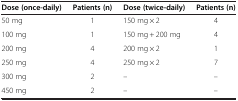
<table><thead><tr><td><b>Dose (once-daily)</b></td><td><b>Patients (n)</b></td><td><b>Dose (twice-daily)</b></td><td><b>Patients (n)</b></td></tr></thead><tbody><tr><td>50 mg</td><td>1</td><td>150 mg × 2</td><td>4</td></tr><tr><td>100 mg</td><td>1</td><td>150 mg + 200 mg</td><td>4</td></tr><tr><td>200 mg</td><td>4</td><td>200 mg × 2</td><td>1</td></tr><tr><td>250 mg</td><td>4</td><td>250 mg × 2</td><td>7</td></tr><tr><td>300 mg</td><td>2</td><td>–</td><td>–</td></tr><tr><td>450 mg</td><td>2</td><td>–</td><td>–</td></tr></tbody></table>